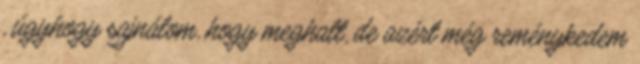
, úgyhogy sajnálom, hogy meghalt, de azért még reménykedem